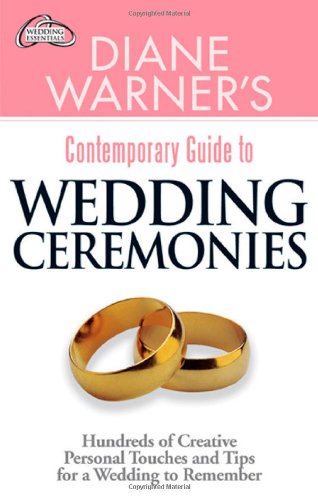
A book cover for Diane Warner's Contemporary Guide to Wedding Ceremonies (Wedding Essentials); Diane Warner; Crafts, Hobbies & Home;